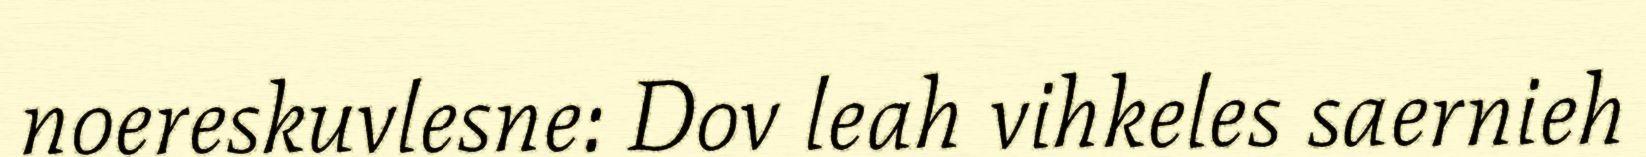
noereskuvlesne: Dov leah vihkeles saernieh